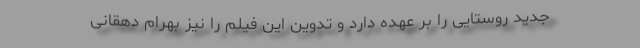
جدید روستایی را بر عهده دارد و تدوین این فیلم را نیز بهرام دهقانی